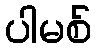
ပါမစ်